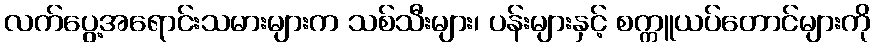
လက်ပွေ့အရောင်းသမားများက သစ်သီးများ၊ ပန်းများနှင့် စက္ကူယပ်တောင်များကို